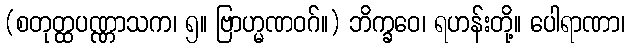
(စတုတ္ထပဏ္ဏာသက၊ ၅။ ဗြာဟ္မဏဝဂ်။) ဘိက္ခဝေ၊ ရဟန်းတို့။ ပေါရာဏာ၊